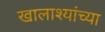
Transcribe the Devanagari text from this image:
खालाश्यांच्या